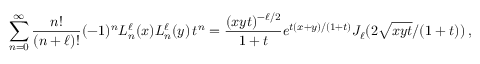
\sum _ { n = 0 } ^ { \infty } \frac { n ! } { ( n + \ell ) ! } ( - 1 ) ^ { n } L _ { n } ^ { \ell } ( x ) L _ { n } ^ { \ell } ( y ) \, t ^ { n } = \frac { ( x y t ) ^ { - \ell / 2 } } { 1 + t } e ^ { t ( x + y ) / ( 1 + t ) } J _ { \ell } ( 2 \sqrt { x y t } / ( 1 + t ) ) \, ,